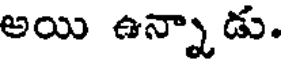
అయి ఉన్నాడు.